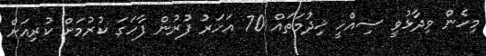
މިހެން ވިދާޅުވީ ސިއްހީ ޚިދުމަތައް 70 އަހަރު ފުރުން ފާހަގަ ކުރުމަށް ކުރިއަށް